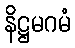
နိဋ္ဌမဂမံ